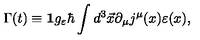
\Gamma ( t ) \equiv { \bf 1 } g _ { \varepsilon } \hbar \int d ^ { 3 } \vec { x } \partial _ { \mu } j ^ { \mu } ( x ) \varepsilon ( x ) ,